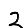
Digit: 2